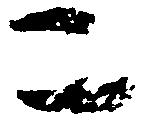
こ